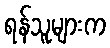
ရန်သူများက